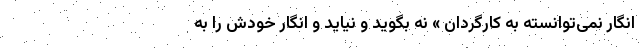
انگار نمی‌توانسته به کارگردان » نه بگوید و نیاید و انگار خودش را به